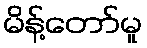
မိန့်တော်မူ